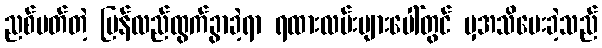
ညစ်ပတ်တဲ့ ပြန်လည်ထွက်ခွာခဲ့ရာ ရထားလမ်းများပေါ်တွင် မှအသိပေးခဲ့သည်